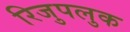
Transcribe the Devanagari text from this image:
रिजुपलुक